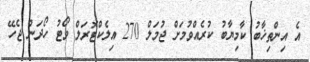
އެ އިންތިޚާބު ކާމިޔާބު ކުރެއްވުމަށް ޖުމަލް 270 އިލެކްޓޮރަލް ވޯޓު ހޯދަން ޖެހޭ